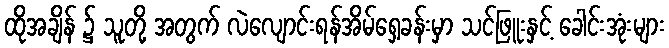
ထိုအချိန် ၌ သူတို့ အတွက် လဲလျောင်းရန်အိမ်ရှေ့ခန်းမှာ သင်ဖြူးနှင့် ခေါင်းအုံးများ